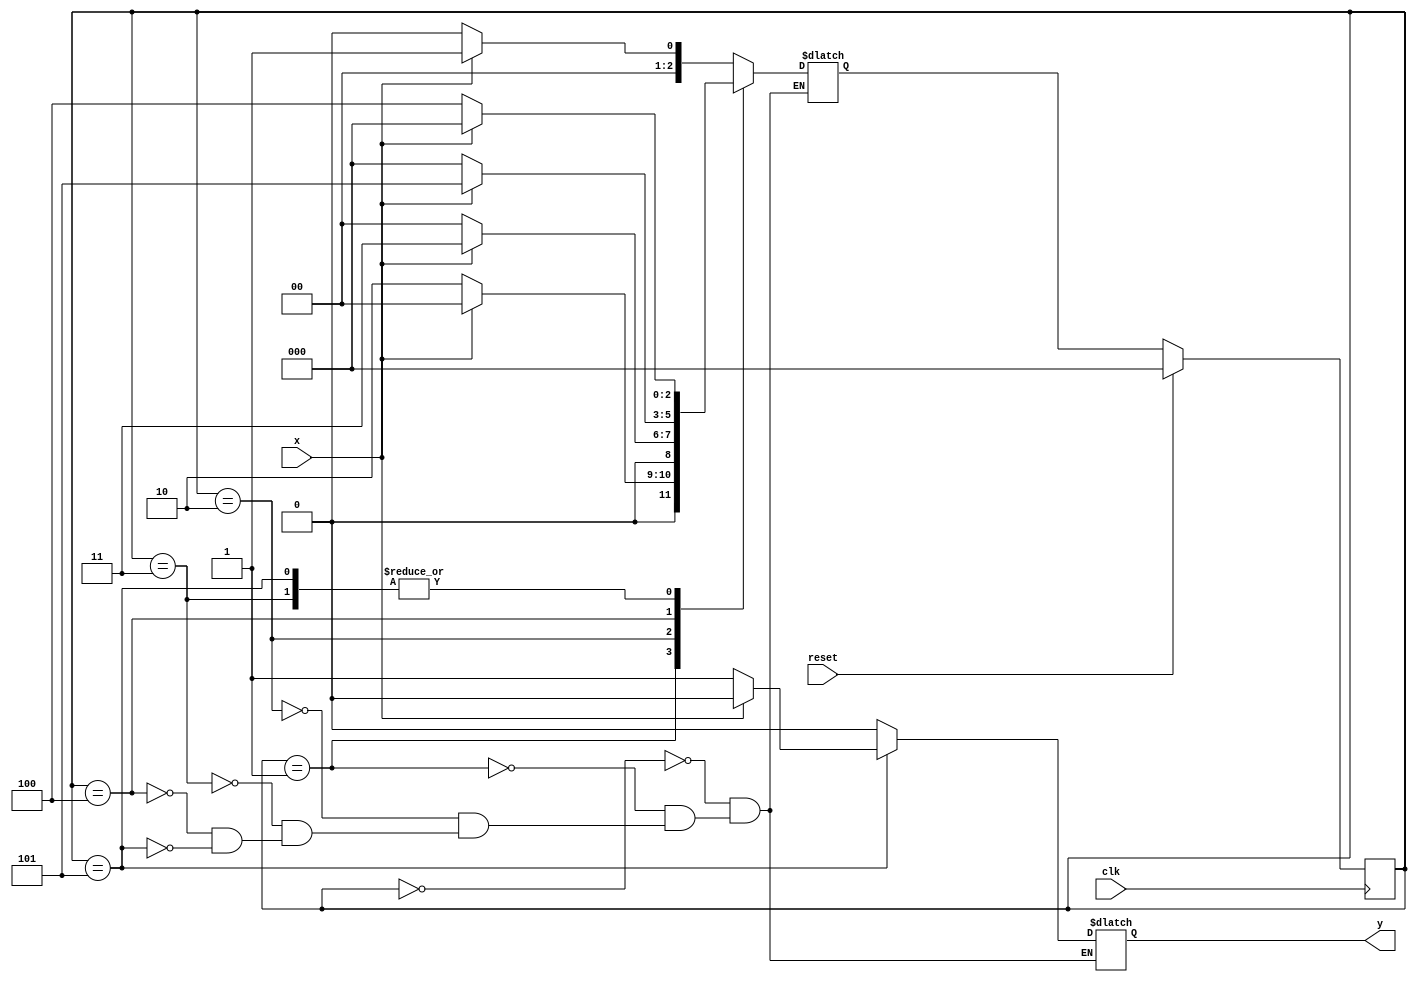
module seq_detector(input clk, x,reset, output reg y);
parameter S0=0, S1=1, S2=2, S3=3, S4=4, S5=5, S6=6;
reg [2:0] PS, NS;
always@(posedge clk) begin
	if(reset)  PS<=S0;
	else PS<=NS;
end
always @(x, PS) begin
    case(PS)
		S0: begin
			y=0;
			NS=x? S1:S0;
		end
		S1: begin
			y=0;
			NS=!x? S2:S0; end
		S2: begin
			y=0;
			NS=x? S3:S0; end
		S3: begin
			y=0;
			NS=!x? S4:S0; end
		S4: begin
			y=0;
			NS=x? S5:S0; end
		S5: begin
			y=!x? 1:0;
			NS=!x? S4:S0;
		end
	endcase
end
endmodule

//test_bench

module seq_tb();
wire y;
reg x, clk, reset;


seq_detector SD1(.x(x), .y(y), .clk(clk), .reset(reset));
initial begin
	$dumpfile("seq_det.vcd");
	$dumvars(0, seq_tb);
	clk = 0; reset = 1;
end
always #5 clk=~clk;
initial begin
	#2 x=0;
	#1 reset=0;
	#10 x=1; #10 x=0; #10 x=1; #10 x=0; #10 x=1; #10 x=0; #10 x=1;
	#10 x=0; #10 x=1; #10 x=1; #10 x=1; #10 x=0; #10 $finish;
	
end
endmodule